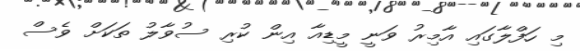
މި ހަފްލާގައި އާމިރު ވަނީ މީޑިއާ އިން ކުރި ސުވާލު ތަކަށް ވެސް